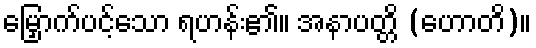
မြှောက်ပင့်သော ရဟန်း၏။ အနာပတ္တိ (ဟောတိ)။